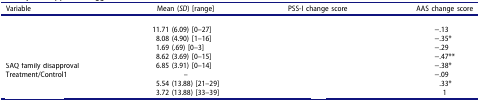
<table><thead><tr><td><b>Variable</b></td><td><b>Mean (<i>SD</i>) [range]</b></td><td><b>PSS-I change score</b></td><td><b>AAS change score</b></td></tr></thead><tbody><tr><td>[EMPTY_CELL]</td><td>[EMPTY_CELL]</td><td>[EMPTY_CELL]</td><td>[EMPTY_CELL]</td></tr><tr><td>[EMPTY_CELL]</td><td>11.71 (6.09) [0–27]</td><td>[EMPTY_CELL]</td><td>−.13</td></tr><tr><td>[EMPTY_CELL]</td><td>8.08 (4.90) [1–16]</td><td>[EMPTY_CELL]</td><td>−.35*</td></tr><tr><td>[EMPTY_CELL]</td><td>1.69 (.69) [0–3]</td><td>[EMPTY_CELL]</td><td>−.29</td></tr><tr><td>[EMPTY_CELL]</td><td>8.62 (3.69) [0–15]</td><td>[EMPTY_CELL]</td><td>−.47**</td></tr><tr><td>SAQ family disapproval</td><td>6.85 (3.91) [0–14]</td><td>[EMPTY_CELL]</td><td>−.38*</td></tr><tr><td>Treatment/Control1</td><td>–</td><td>[EMPTY_CELL]</td><td>−.09</td></tr><tr><td>[EMPTY_CELL]</td><td>5.54 (13.88) [21–29]</td><td>[EMPTY_CELL]</td><td>.33*</td></tr><tr><td>[EMPTY_CELL]</td><td>3.72 (13.88) [33–39]</td><td>[EMPTY_CELL]</td><td>1</td></tr></tbody></table>